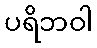
ပရိဘဝါ